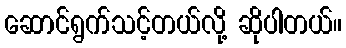
ဆောင်ရွက်သင့်တယ်လို့ ဆိုပါတယ်။